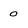
Character: 0